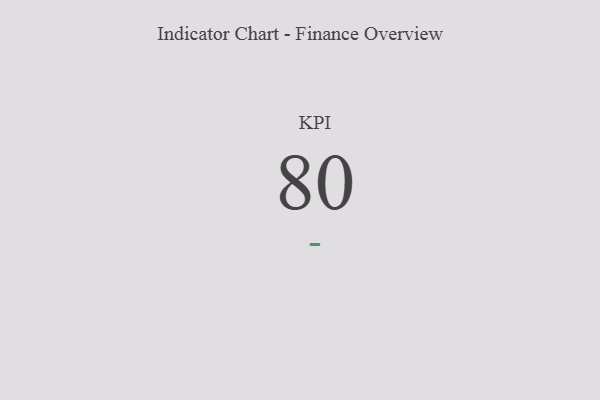
{"axis": {"x": "KPI", "y": "Value"}, "legend": [""], "data": [{"x": "KPI", "y": 80, "type": ""}]}